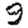
Digit: 9